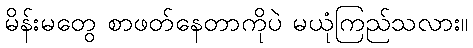
မိန်းမတွေ စာဖတ်နေတာကိုပဲ မယုံကြည်သလား။